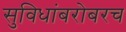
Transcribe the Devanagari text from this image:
सुविधांबरोबरच